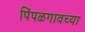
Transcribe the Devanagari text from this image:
पिंपळगावच्या